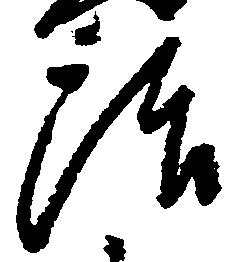
治